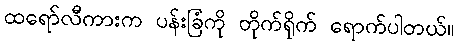
ထရော်လီကားက ပန်းခြံကို တိုက်ရိုက် ရောက်ပါတယ်။